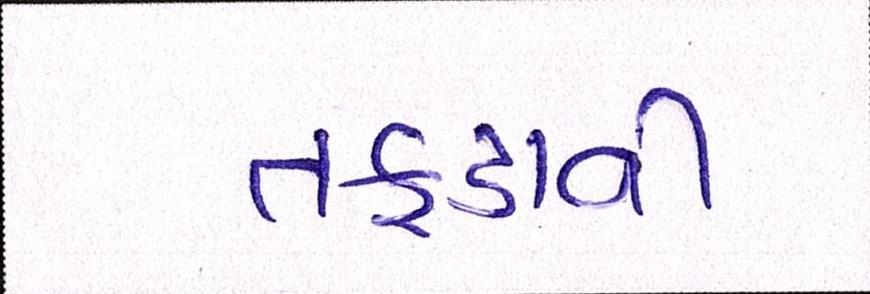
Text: તફડાવી